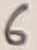
Text: 6